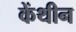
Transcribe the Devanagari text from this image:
केंथीन